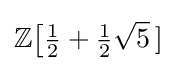
\mathbb {Z} {\bigl [}{\tfrac {1}{2}}+{\tfrac {1}{2}}{\sqrt {5}}~\!]